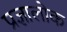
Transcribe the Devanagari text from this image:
प्रज्ञालोक